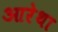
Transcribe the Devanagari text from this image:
आरेथा